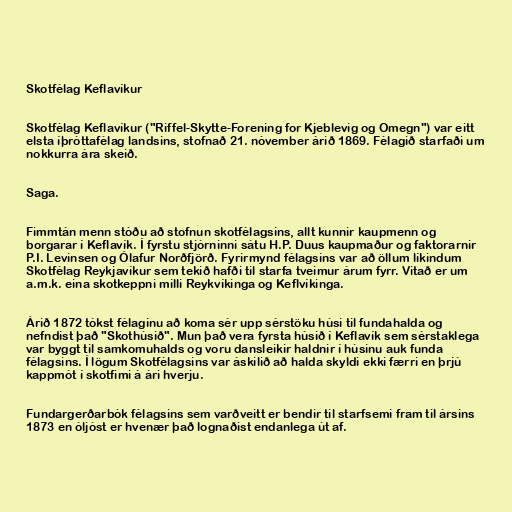
Skotfélag Keflavíkur

Skotfélag Keflavíkur ("Riffel-Skytte-Forening for Kjeblevig og Omegn") var eitt
elsta íþróttafélag landsins, stofnað 21. nóvember árið 1869. Félagið starfaði um
nokkurra ára skeið.

Saga.

Fimmtán menn stóðu að stofnun skotfélagsins, allt kunnir kaupmenn og
borgarar í Keflavík. Í fyrstu stjórninni sátu H.P. Duus kaupmaður og faktorarnir
P.I. Levinsen og Ólafur Norðfjörð. Fyrirmynd félagsins var að öllum líkindum
Skotfélag Reykjavíkur sem tekið hafði til starfa tveimur árum fyrr. Vitað er um
a.m.k. eina skotkeppni milli Reykvíkinga og Keflvíkinga.

Árið 1872 tókst félaginu að koma sér upp sérstöku húsi til fundahalda og
nefndist það "Skothúsið". Mun það vera fyrsta húsið í Keflavík sem sérstaklega
var byggt til samkomuhalds og voru dansleikir haldnir í húsinu auk funda
félagsins. Í lögum Skotfélagsins var áskilið að halda skyldi ekki færri en þrjú
kappmót í skotfimi á ári hverju.

Fundargerðarbók félagsins sem varðveitt er bendir til starfsemi fram til ársins
1873 en óljóst er hvenær það lognaðist endanlega út af.